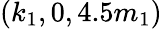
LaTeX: (k_{1},0,4.5m_{1})